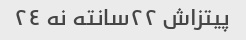
پیتزاش ٢٢سانته نه ٢٤